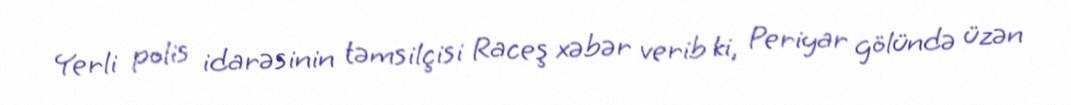
Yerli polis idarəsinin təmsilçisi Raceş xəbər verib ki, Periyar gölündə üzən